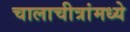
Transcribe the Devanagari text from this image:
चालाचीत्रांमध्ये